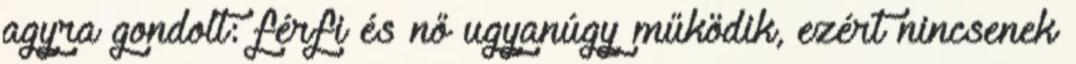
agyra gondolt: férfi és nő ugyanúgy működik, ezért nincsenek